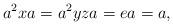
LaTeX: \begin{align*}a^{2}xa=a^{2}yza=ea=a,\end{align*}